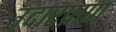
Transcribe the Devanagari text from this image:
उदारप्राण